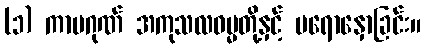
(၁) ကာမဂုဏ် အကုသလဓမ္မတို့နှင့် မရောနှောခြင်း။